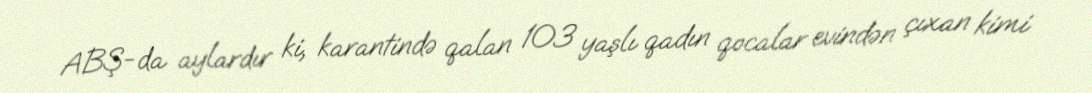
ABŞ-da aylardır ki, karantində qalan 103 yaşlı qadın qocalar evindən çıxan kimi